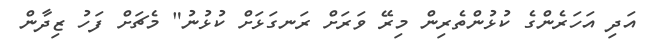
އަދި އަހަރެންގެ ކުޅުންތެރިން މިރޭ ވަރަށް ރަނގަޅަށް ކުޅުނު" މެޗަށް ފަހު ޒިދާން